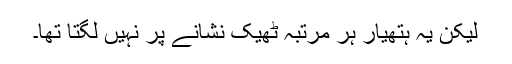
لیکن یہ ہتھیار ہر مرتبہ ٹھیک نشانے پر نہیں لگتا تھا۔